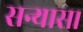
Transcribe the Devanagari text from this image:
सन्यास।